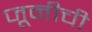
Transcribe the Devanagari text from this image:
जूनीची